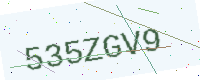
Text: 535ZGV9